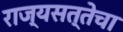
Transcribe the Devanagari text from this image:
राज्यसत्तेचा